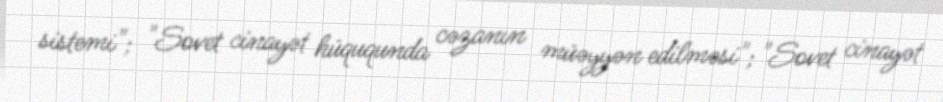
sistemi"; "Sovet cinayət hüququnda cəzanın müəyyən edilməsi"; "Sovet cinayət